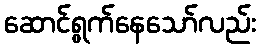
ဆောင်ရွက်နေသော်လည်း